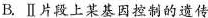
B.Ⅱ片段上某基因控制的遗传